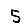
Digit: 5